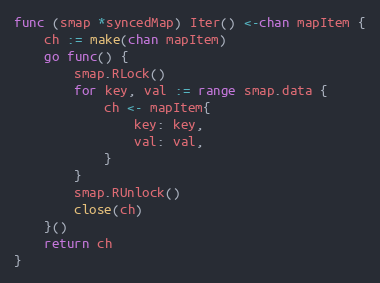
Language: Go
func (smap *syncedMap) Iter() <-chan mapItem {
	ch := make(chan mapItem)
	go func() {
		smap.RLock()
		for key, val := range smap.data {
			ch <- mapItem{
				key: key,
				val: val,
			}
		}
		smap.RUnlock()
		close(ch)
	}()
	return ch
}